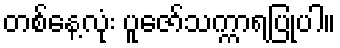
တစ်နေ့လုံး ပူဇော်သက္ကာရပြုပါ။